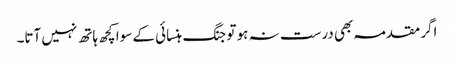
اگر مقدمہ بھی درست نہ ہو تو جنگ ہنسائی کے سوا کچھ ہاتھ نہیں آتا۔